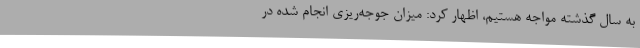
به سال گذشته مواجه هستیم، اظهار کرد: میزان جوجه‌ریزی انجام شده در